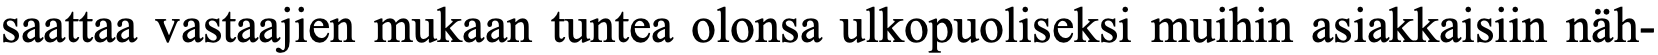
saattaa vastaajien mukaan tuntea olonsa ulkopuoliseksi muihin asiakkaisiin näh-